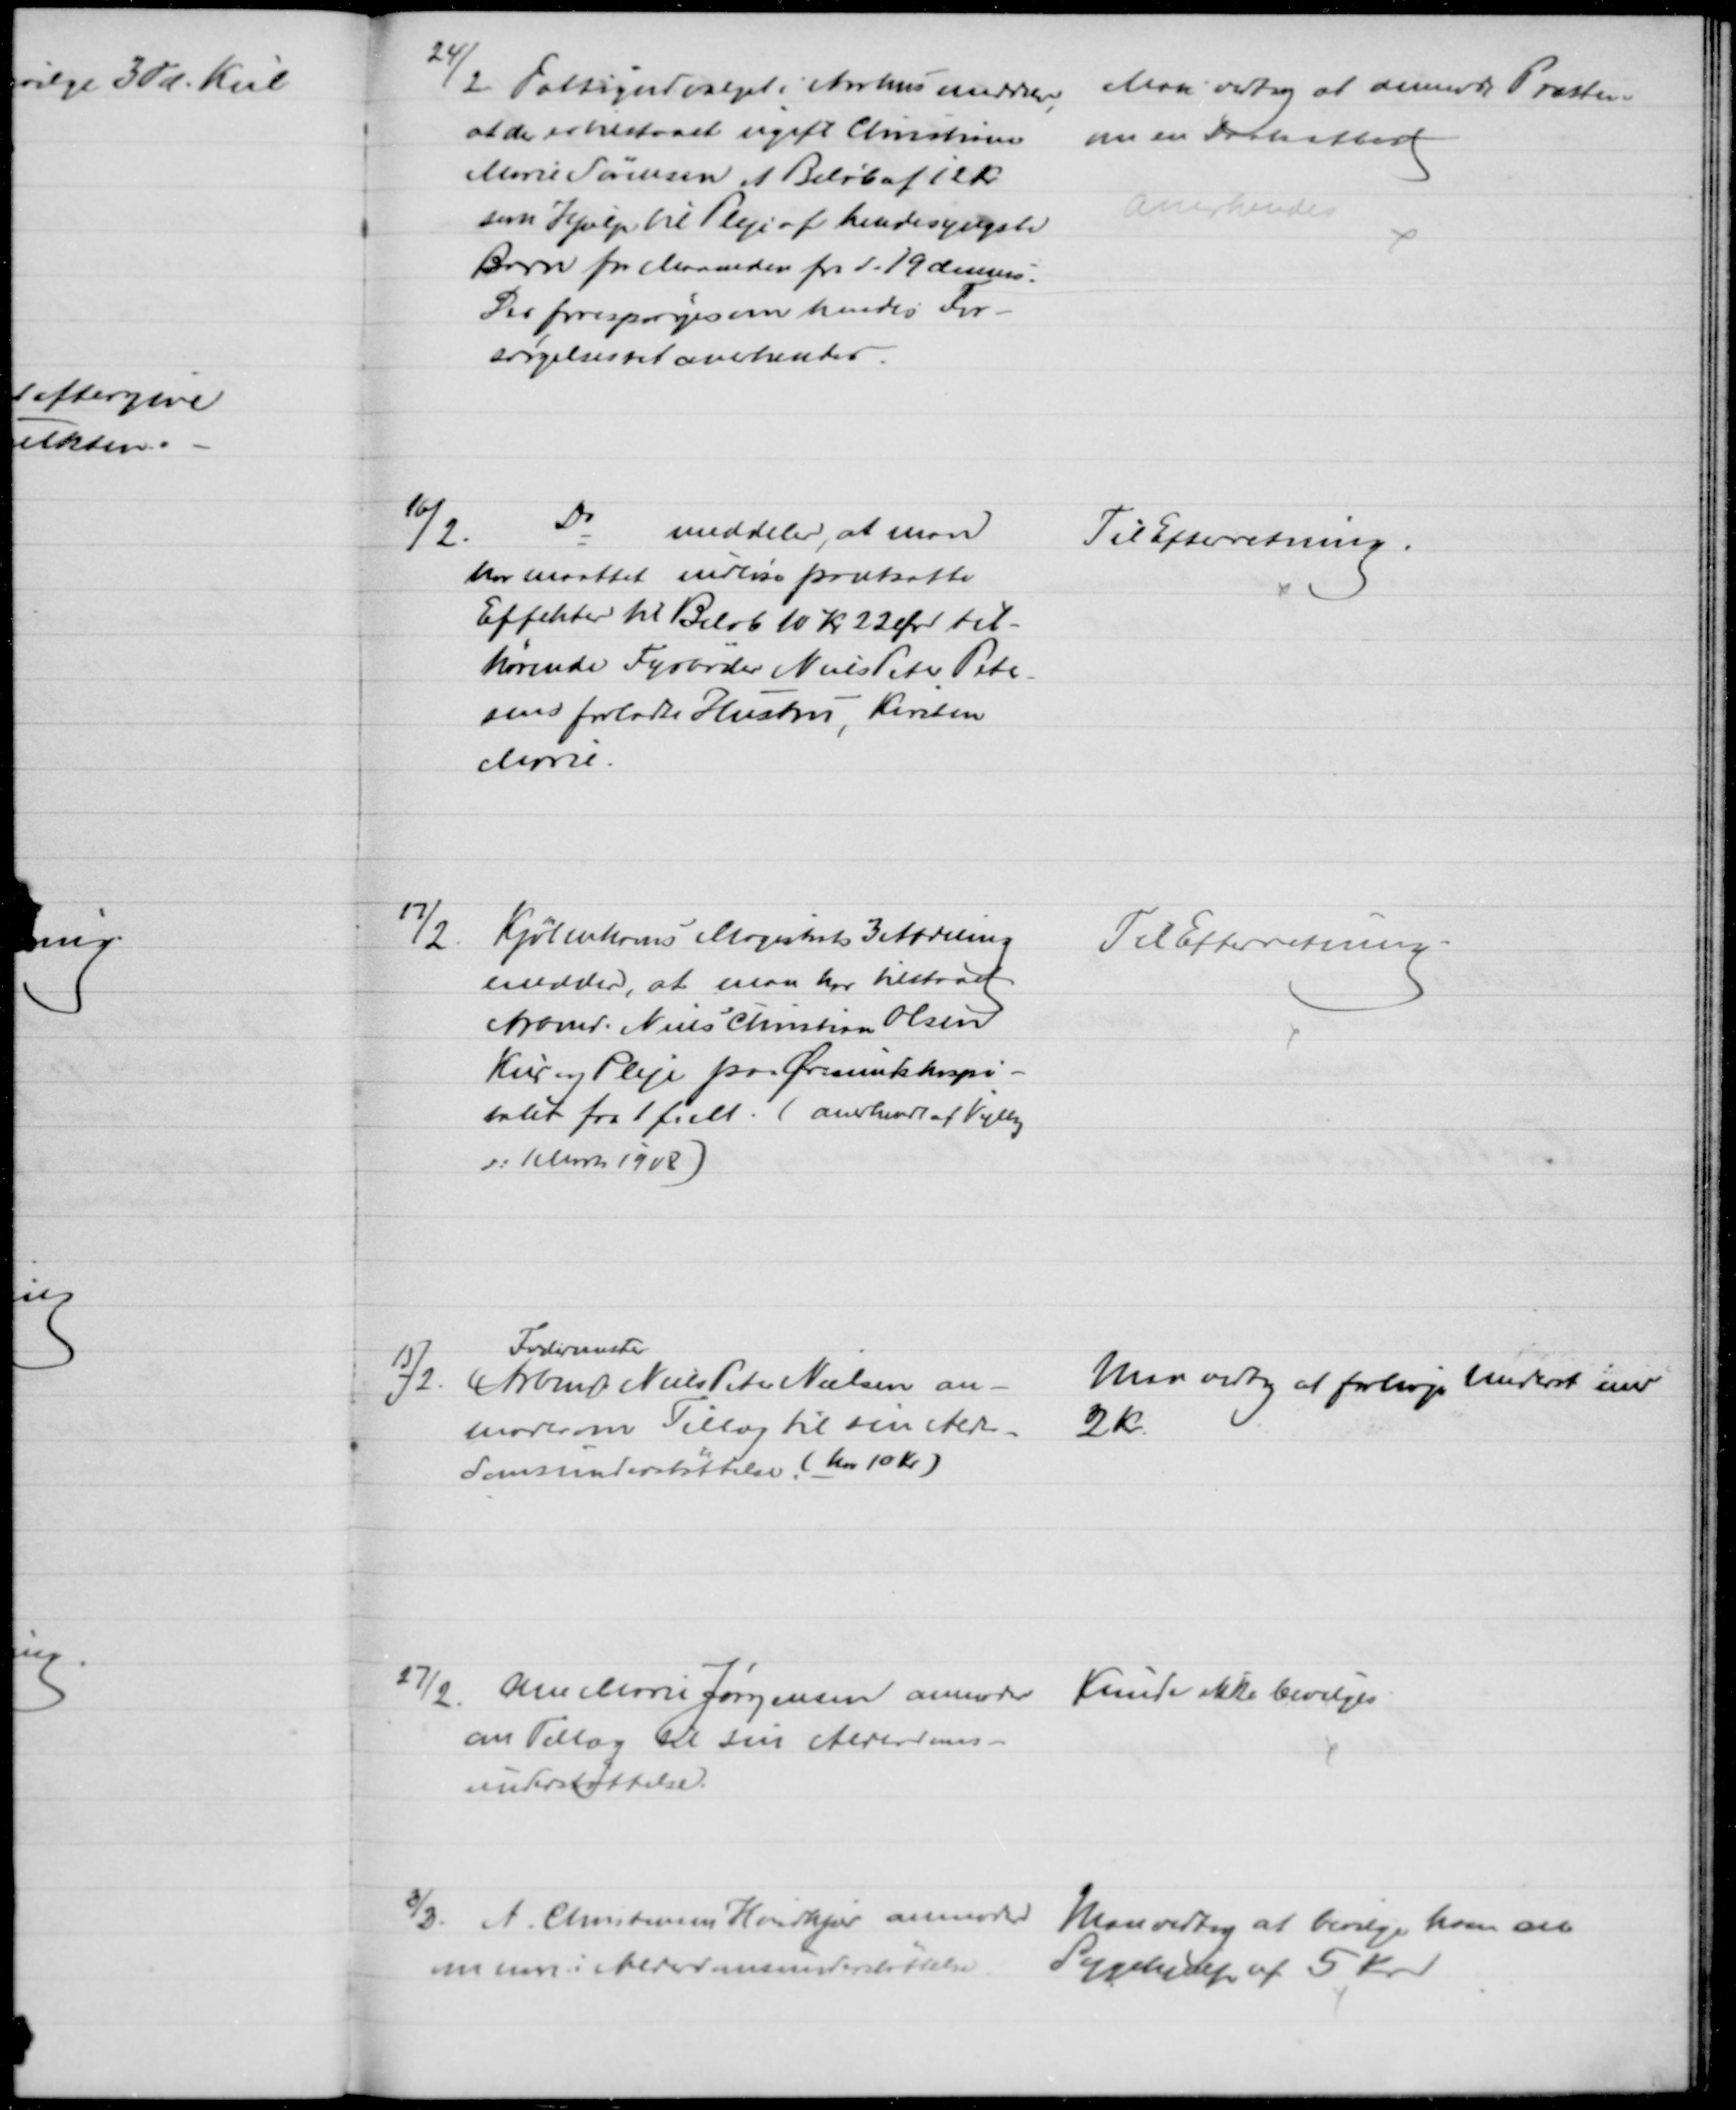
Transskription:
24/2 Fattigudvalget i Aarhus meddeler,
at der er tilstaaet ugift Christiane
Marie Sørensen et Beløb af 12
som Hjælp til Pleje af hendes yngste
Barn for Maaneden fra d. 19 dennes.
Der forespørges om hendes For-
sørgelsesret anerkendes.
Man vedtog at anmode Præsten
om en Daabsattest
anerkendes
16/2.
Do
meddeler, at man
har maattet indløse pantsatte
Effekter til Beløb 10 Kr 22 Øre til-
hørende Fyrbøder Niels Peter Pete-
sens forladte Hustru, Kirsten
Marie.
Til Efterretning.
17/2.
Kjøbenhavns Magistrats 3 Afdeling
meddeler, at man har tilstaaet
Arbmd. Niels Christian Olsen
Kur og Pleje paa Øresundshospi-
talet fra 1 f. M. (anerkendt af Vejlby
d: 1 Marts 1908)
Til Efterretning.
15/2. 
 Arbmd. 
Fodermester
Niels Peter Nielsen an-
moder om Tillæg til sin Alder-
domsunderstøttelse (har 10 Kr.)
Man vedtog at forhøje Underst med
2 kr.
27/2.
Ane Marie Jørgensen anmoder
om Tillæg til sin Alderdoms-
understøttelse.
Kunde ikke bevilges
6/3. A. Christensen Hvidkjær anmoder 
om mere i Alderdomsunderstøttelse. 
Man vedtog at bevilge ham en
Sygehjælp af 5 Kr